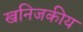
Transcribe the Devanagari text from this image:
खनिजकीय